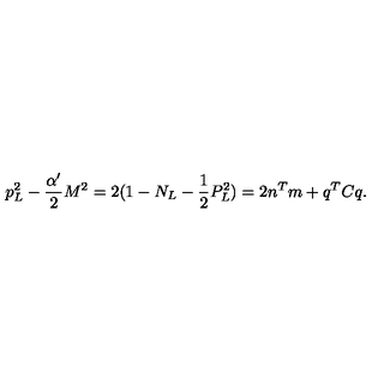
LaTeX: p _ { L } ^ { 2 } - \frac { \alpha ^ { \prime } } { 2 } M ^ { 2 } = 2 ( 1 - N _ { L } - \frac { 1 } { 2 } P _ { L } ^ { 2 } ) = 2 n ^ { T } m + q ^ { T } C q .